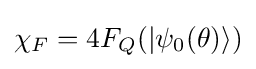
\chi _{F}=4F_{Q}(\vert \psi _{0}(\theta )\rangle )